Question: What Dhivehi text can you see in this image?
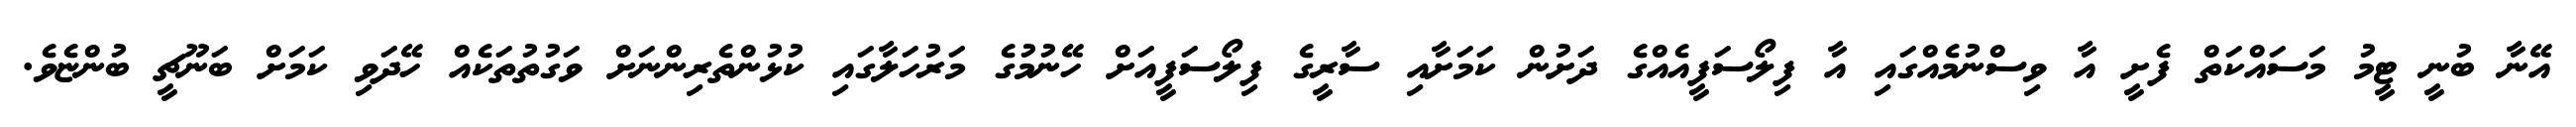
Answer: އޭނާ ބުނީ ޓީމު މަސައްކަތް ފެށީ އާ ވިސްނުމެއްގައި އާ ފިލޯސަފީއެއްގެ ދަށުން ކަމަށާއި ސާރީގެ ފިލޯސަފީއަށް ހޭނުމުގެ މަރުހަލާގައި ކުޅުންތެރިންނަށް ވަގުތުތަކެއް ހޭދަވި ކަމަށް ބަނޫޗީ ބުންޏެވެ.